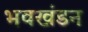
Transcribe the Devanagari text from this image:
भवखंडन